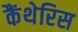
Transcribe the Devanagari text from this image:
कैंथेरिस